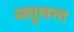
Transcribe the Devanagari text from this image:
अतुलना